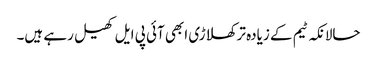
حالانکہ ٹیم کے زیادہ تر کھلاڑی ابھی آئی پی ایل کھیل رہے ہیں۔